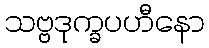
သဗ္ဗဒုက္ခပဟီနော